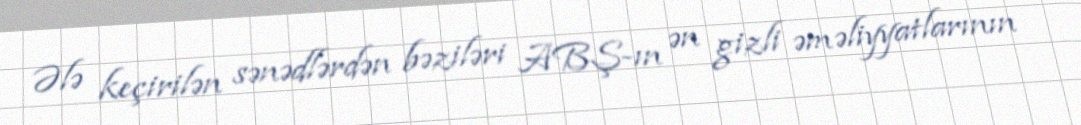
Ələ keçirilən sənədlərdən bəziləri ABŞ-ın ən gizli əməliyyatlarının